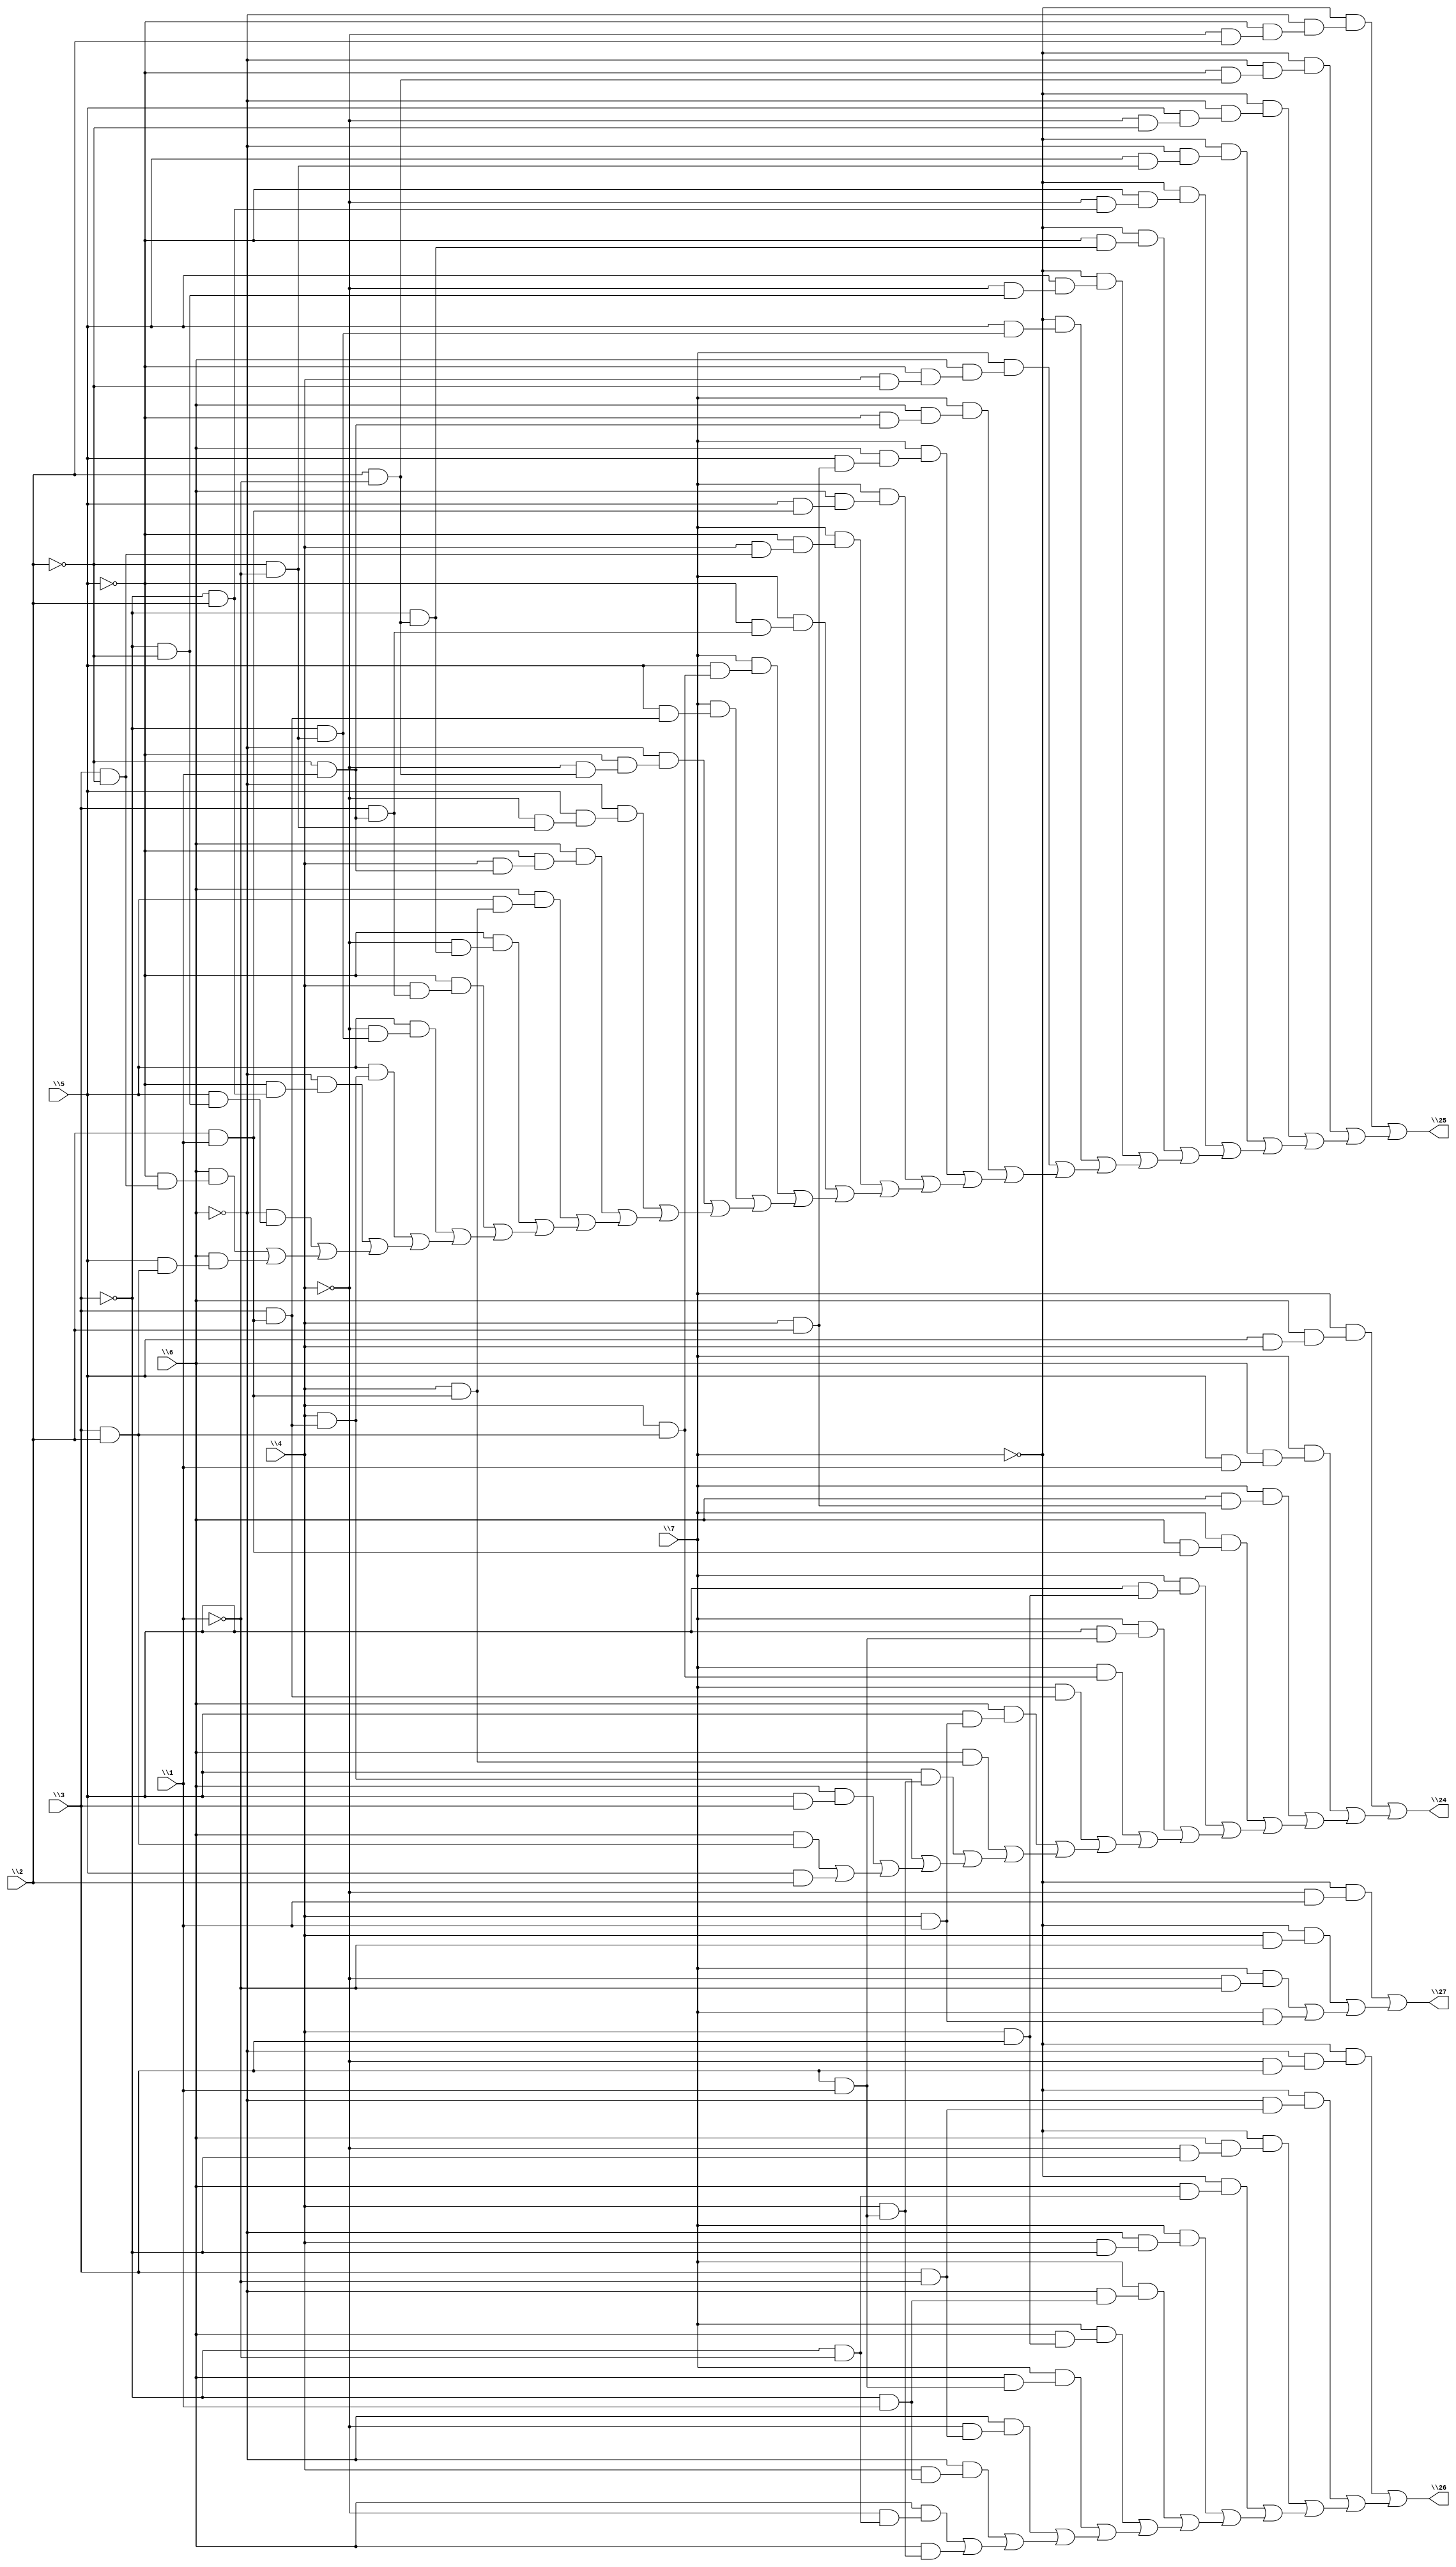
// IWLS benchmark module "z4ml" printed on Wed May 29 16:25:53 2002
module z4ml(\1 , \2 , \3 , \4 , \5 , \6 , \7 , \24 , \25 , \26 , \27 );
input
  \1 ,
  \2 ,
  \3 ,
  \4 ,
  \5 ,
  \6 ,
  \7 ;
output
  \24 ,
  \25 ,
  \26 ,
  \27 ;
wire
  \[2] ,
  \[3] ,
  \[4] ,
  \[1] ;
assign
  \[2]  = (~\7  & (~\6  & (~\5  & (~\4  & \2 )))) | ((~\7  & (~\6  & (~\5  & (\2  & ~\1 )))) | ((~\7  & (~\6  & (\5  & (~\4  & ~\2 )))) | ((~\7  & (~\6  & (\5  & (~\2  & ~\1 )))) | ((~\7  & (~\5  & (~\4  & (~\3  & \2 )))) | ((~\7  & (~\5  & (~\3  & (\2  & ~\1 )))) | ((~\7  & (\5  & (~\4  & (~\3  & ~\2 )))) | ((~\7  & (\5  & (~\3  & (~\2  & ~\1 )))) | ((\7  & (\6  & (~\5  & (\4  & ~\2 )))) | ((\7  & (\6  & (~\5  & (~\2  & \1 )))) | ((\7  & (\6  & (\5  & (\4  & \2 )))) | ((\7  & (\6  & (\5  & (\2  & \1 )))) | ((\7  & (~\5  & (\4  & (\3  & ~\2 )))) | ((\7  & (~\5  & (\3  & (~\2  & \1 )))) | ((\7  & (\5  & (\4  & (\3  & \2 )))) | ((\7  & (\5  & (\3  & (\2  & \1 )))) | ((~\6  & (~\5  & (~\4  & (\2  & ~\1 )))) | ((~\6  & (\5  & (~\4  & (~\2  & ~\1 )))) | ((\6  & (~\5  & (\4  & (~\2  & \1 )))) | ((\6  & (\5  & (\4  & (\2  & \1 )))) | ((~\5  & (~\4  & (~\3  & (\2  & ~\1 )))) | ((~\5  & (\4  & (\3  & (~\2  & \1 )))) | ((\5  & (~\4  & (~\3  & (~\2  & ~\1 )))) | ((\5  & (\4  & (\3  & (\2  & \1 )))) | ((~\6  & (~\5  & (~\3  & \2 ))) | ((~\6  & (\5  & (~\3  & ~\2 ))) | ((\6  & (~\5  & (\3  & ~\2 ))) | (\6  & (\5  & (\3  & \2 ))))))))))))))))))))))))))))),
  \[3]  = (~\7  & (~\6  & (~\4  & \3 ))) | ((~\7  & (~\6  & (\3  & ~\1 ))) | ((~\7  & (\6  & (~\4  & ~\3 ))) | ((~\7  & (\6  & (~\3  & ~\1 ))) | ((\7  & (~\6  & (\4  & ~\3 ))) | ((\7  & (~\6  & (~\3  & \1 ))) | ((\7  & (\6  & (\4  & \3 ))) | ((\7  & (\6  & (\3  & \1 ))) | ((~\6  & (~\4  & (\3  & ~\1 ))) | ((~\6  & (\4  & (~\3  & \1 ))) | ((\6  & (~\4  & (~\3  & ~\1 ))) | (\6  & (\4  & (\3  & \1 ))))))))))))),
  \[4]  = (~\7  & (~\4  & \1 )) | ((~\7  & (\4  & ~\1 )) | ((\7  & (~\4  & ~\1 )) | (\7  & (\4  & \1 )))),
  \24  = \[1] ,
  \25  = \[2] ,
  \26  = \[3] ,
  \27  = \[4] ,
  \[1]  = (\7  & (\6  & (\5  & \4 ))) | ((\7  & (\6  & (\5  & \1 ))) | ((\7  & (\6  & (\4  & \2 ))) | ((\7  & (\6  & (\2  & \1 ))) | ((\7  & (\5  & (\4  & \3 ))) | ((\7  & (\5  & (\3  & \1 ))) | ((\7  & (\4  & (\3  & \2 ))) | ((\7  & (\3  & (\2  & \1 ))) | ((\6  & (\5  & (\4  & \1 ))) | ((\6  & (\4  & (\2  & \1 ))) | ((\5  & (\4  & (\3  & \1 ))) | ((\4  & (\3  & (\2  & \1 ))) | ((\6  & (\5  & \3 )) | ((\6  & (\3  & \2 )) | (\5  & \2 ))))))))))))));
endmodule